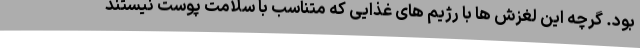
بود. گرچه این لغزش ها با رژیم های غذایی که متناسب با سلامت پوست نیستند